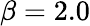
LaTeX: \beta=2.0